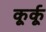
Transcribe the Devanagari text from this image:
कूर्कू